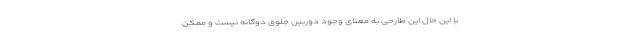
با این حال این طارحی به معنای وجود دوربین جلوی دوگانه نیست و ممکن